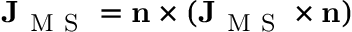
\mathbf { J } _ { \mathrm { ~ M ~ S ~ } } = \mathbf { n } \times ( \mathbf { J } _ { \mathrm { ~ M ~ S ~ } } \times \mathbf { n } )